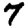
Digit: 7